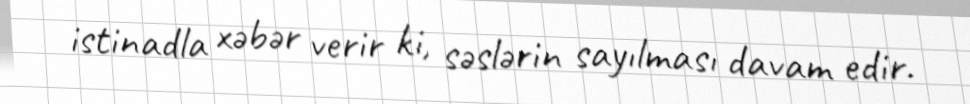
istinadla xəbər verir ki, səslərin sayılması davam edir.